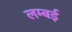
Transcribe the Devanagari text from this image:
लम्बई